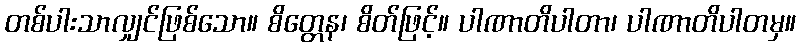
တစ်ပါးသာလျှင်ဖြစ်သော။ စိတ္တေန၊ စိတ်ဖြင့်။ ပါဏာတိပါတာ၊ ပါဏာတိပါတမှ။